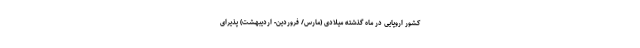
کشور اروپایی در ماه گذشته میلادی (مارس/ فروردین- اردیبهشت) پذیرای